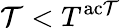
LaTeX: \mathcal{T}<T^{\mathrm{{{ac\mathcal{T}}}}}